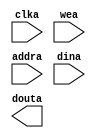
module Image_RAM(
  clka,
  wea,
  addra,
  dina,
  douta
);

input clka;
input [0 : 0] wea;
input [18 : 0] addra;
input [11 : 0] dina;
output [11 : 0] douta;

// synthesis translate_off

  BLK_MEM_GEN_V7_3 #(
    .C_ADDRA_WIDTH(19),
    .C_ADDRB_WIDTH(19),
    .C_ALGORITHM(1),
    .C_AXI_ID_WIDTH(4),
    .C_AXI_SLAVE_TYPE(0),
    .C_AXI_TYPE(1),
    .C_BYTE_SIZE(9),
    .C_COMMON_CLK(0),
    .C_DEFAULT_DATA("0"),
    .C_DISABLE_WARN_BHV_COLL(0),
    .C_DISABLE_WARN_BHV_RANGE(0),
    .C_ENABLE_32BIT_ADDRESS(0),
    .C_FAMILY("artix7"),
    .C_HAS_AXI_ID(0),
    .C_HAS_ENA(0),
    .C_HAS_ENB(0),
    .C_HAS_INJECTERR(0),
    .C_HAS_MEM_OUTPUT_REGS_A(0),
    .C_HAS_MEM_OUTPUT_REGS_B(0),
    .C_HAS_MUX_OUTPUT_REGS_A(0),
    .C_HAS_MUX_OUTPUT_REGS_B(0),
    .C_HAS_REGCEA(0),
    .C_HAS_REGCEB(0),
    .C_HAS_RSTA(0),
    .C_HAS_RSTB(0),
    .C_HAS_SOFTECC_INPUT_REGS_A(0),
    .C_HAS_SOFTECC_OUTPUT_REGS_B(0),
    .C_INIT_FILE("BlankString"),
    .C_INIT_FILE_NAME("Image_RAM.mif"),
    .C_INITA_VAL("0"),
    .C_INITB_VAL("0"),
    .C_INTERFACE_TYPE(0),
    .C_LOAD_INIT_FILE(1),
    .C_MEM_TYPE(0),
    .C_MUX_PIPELINE_STAGES(0),
    .C_PRIM_TYPE(1),
    .C_READ_DEPTH_A(307200),
    .C_READ_DEPTH_B(307200),
    .C_READ_WIDTH_A(12),
    .C_READ_WIDTH_B(12),
    .C_RST_PRIORITY_A("CE"),
    .C_RST_PRIORITY_B("CE"),
    .C_RST_TYPE("SYNC"),
    .C_RSTRAM_A(0),
    .C_RSTRAM_B(0),
    .C_SIM_COLLISION_CHECK("ALL"),
    .C_USE_BRAM_BLOCK(0),
    .C_USE_BYTE_WEA(0),
    .C_USE_BYTE_WEB(0),
    .C_USE_DEFAULT_DATA(0),
    .C_USE_ECC(0),
    .C_USE_SOFTECC(0),
    .C_WEA_WIDTH(1),
    .C_WEB_WIDTH(1),
    .C_WRITE_DEPTH_A(307200),
    .C_WRITE_DEPTH_B(307200),
    .C_WRITE_MODE_A("WRITE_FIRST"),
    .C_WRITE_MODE_B("WRITE_FIRST"),
    .C_WRITE_WIDTH_A(12),
    .C_WRITE_WIDTH_B(12),
    .C_XDEVICEFAMILY("artix7")
  )
  inst (
    .CLKA(clka),
    .WEA(wea),
    .ADDRA(addra),
    .DINA(dina),
    .DOUTA(douta),
    .RSTA(),
    .ENA(),
    .REGCEA(),
    .CLKB(),
    .RSTB(),
    .ENB(),
    .REGCEB(),
    .WEB(),
    .ADDRB(),
    .DINB(),
    .DOUTB(),
    .INJECTSBITERR(),
    .INJECTDBITERR(),
    .SBITERR(),
    .DBITERR(),
    .RDADDRECC(),
    .S_ACLK(),
    .S_ARESETN(),
    .S_AXI_AWID(),
    .S_AXI_AWADDR(),
    .S_AXI_AWLEN(),
    .S_AXI_AWSIZE(),
    .S_AXI_AWBURST(),
    .S_AXI_AWVALID(),
    .S_AXI_AWREADY(),
    .S_AXI_WDATA(),
    .S_AXI_WSTRB(),
    .S_AXI_WLAST(),
    .S_AXI_WVALID(),
    .S_AXI_WREADY(),
    .S_AXI_BID(),
    .S_AXI_BRESP(),
    .S_AXI_BVALID(),
    .S_AXI_BREADY(),
    .S_AXI_ARID(),
    .S_AXI_ARADDR(),
    .S_AXI_ARLEN(),
    .S_AXI_ARSIZE(),
    .S_AXI_ARBURST(),
    .S_AXI_ARVALID(),
    .S_AXI_ARREADY(),
    .S_AXI_RID(),
    .S_AXI_RDATA(),
    .S_AXI_RRESP(),
    .S_AXI_RLAST(),
    .S_AXI_RVALID(),
    .S_AXI_RREADY(),
    .S_AXI_INJECTSBITERR(),
    .S_AXI_INJECTDBITERR(),
    .S_AXI_SBITERR(),
    .S_AXI_DBITERR(),
    .S_AXI_RDADDRECC()
  );

// synthesis translate_on

endmodule